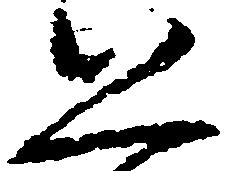
恐